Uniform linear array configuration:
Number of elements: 32
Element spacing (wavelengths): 0.5
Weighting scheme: exponential
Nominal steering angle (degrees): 60
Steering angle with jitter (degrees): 59.113
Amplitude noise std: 0.05
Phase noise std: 0.05

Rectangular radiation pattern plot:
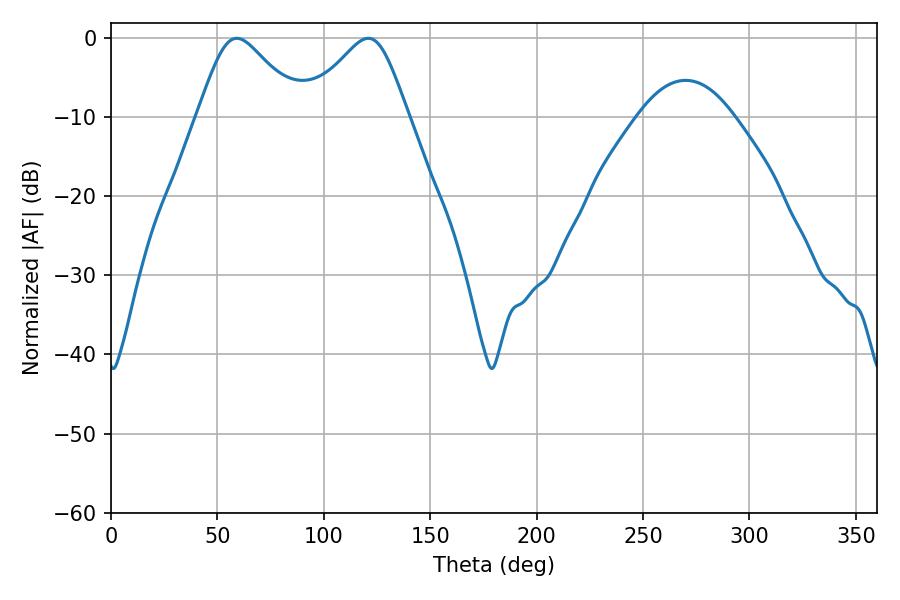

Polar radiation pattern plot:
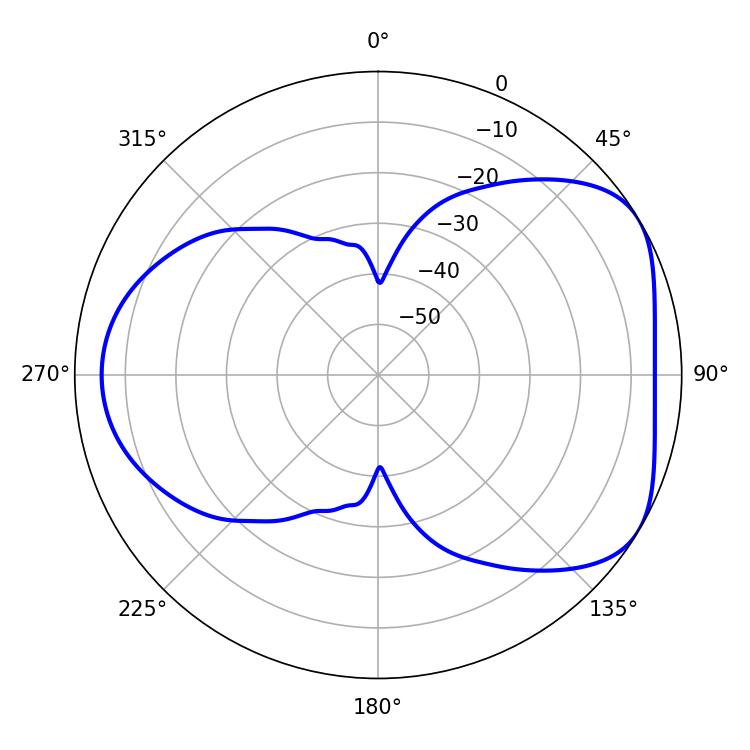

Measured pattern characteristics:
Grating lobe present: FALSE
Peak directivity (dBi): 4.883
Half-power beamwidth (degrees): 23.94
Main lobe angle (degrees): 59.04